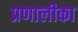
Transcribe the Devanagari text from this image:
प्रणालीका